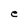
Character: e